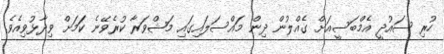
ހުރި ސައުދީ އެމްބަސީއަށް ގެއްލުން ދިން މައްސަލައިގައި މަޝްވަރާ ކުރެވޭނެ ކަަމަށް ވިދާޅުވިއެވެ.